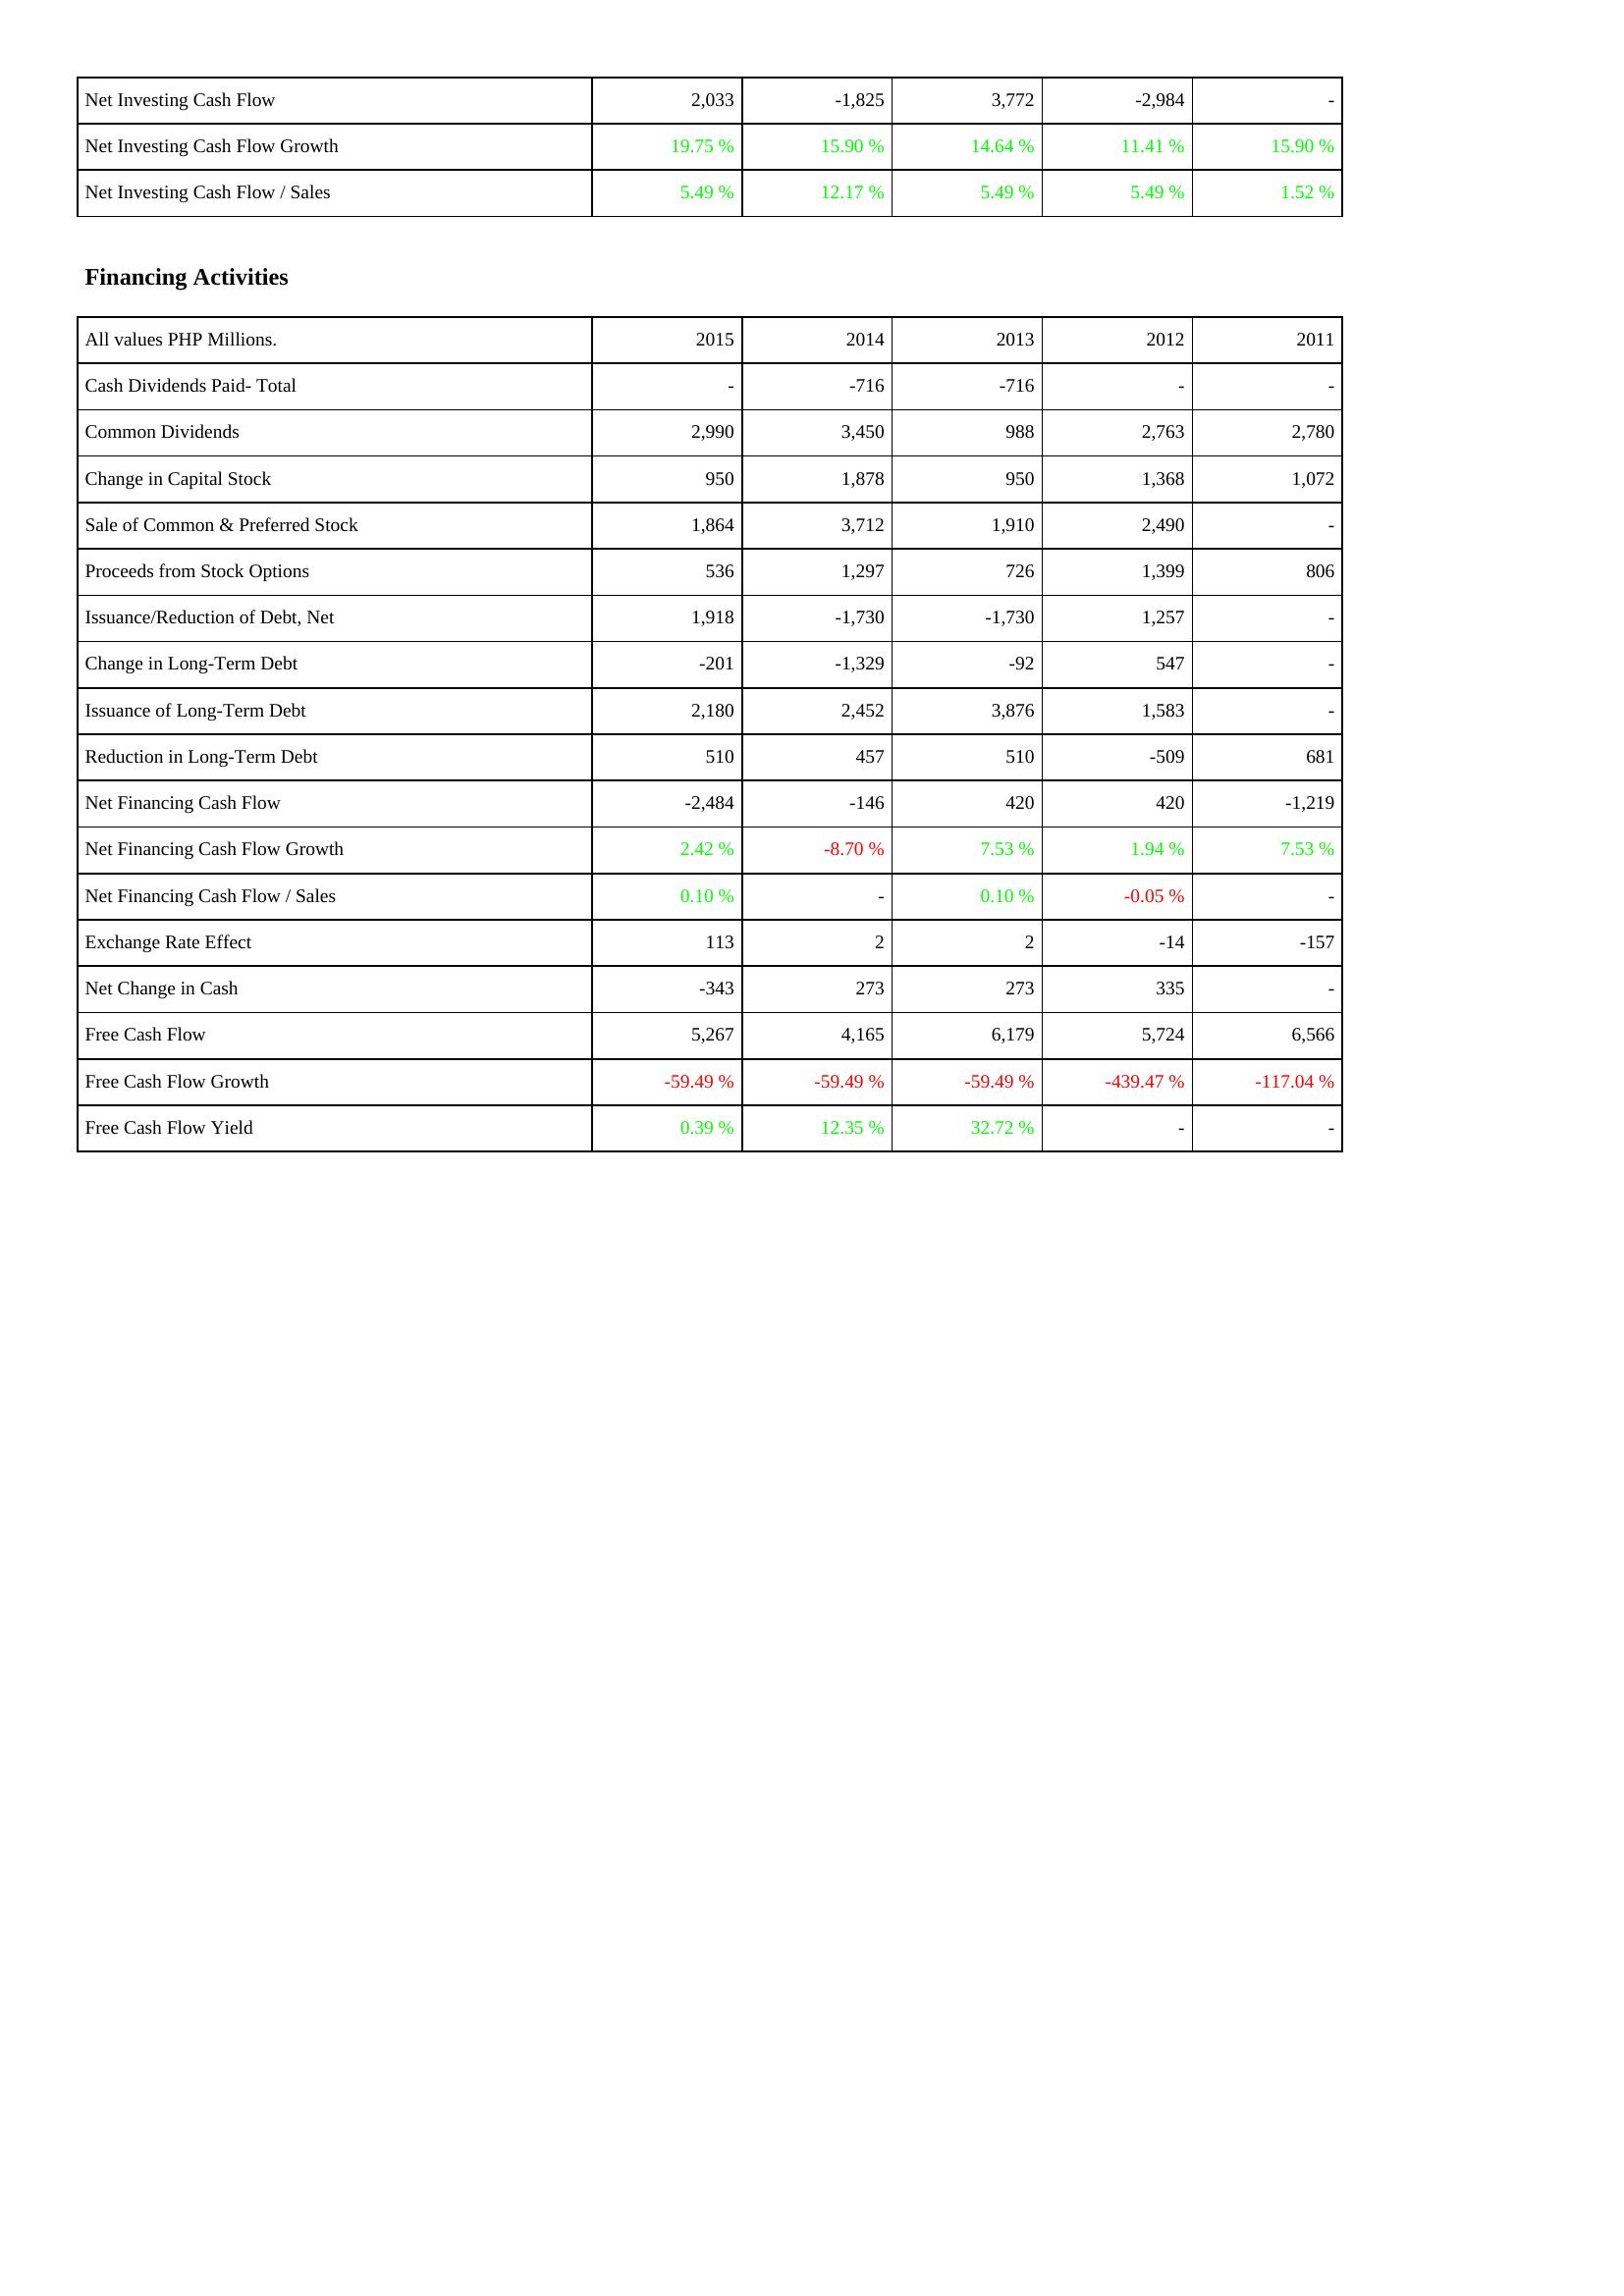
2015: Investing Activities: Net Investing Cash Flow: 2,033
Net Investing Cash Flow Growth: 19.75 %
Net Investing Cash Flow / Sales: 5.49 %
Financing Activities: Cash Dividends Paid- Total: -
Common Dividends: 2,990
Change in Capital Stock: 950
Sale of Common & Preferred Stock: 1,864
Proceeds from Stock Options: 536
Issuance/Reduction of Debt, Net: 1,918
Change in Long-Term Debt: -201
Issuance of Long-Term Debt: 2,180
Reduction in Long-Term Debt: 510
Net Financing Cash Flow: -2,484
Net Financing Cash Flow Growth: 2.42 %
Net Financing Cash Flow / Sales: 0.10 %
Exchange Rate Effect: 113
Net Change in Cash: -343
Free Cash Flow: 5,267
Free Cash Flow Growth: -59.49 %
Free Cash Flow Yield: 0.39 %
2014: Investing Activities: Net Investing Cash Flow: -1,825
Net Investing Cash Flow Growth: 15.90 %
Net Investing Cash Flow / Sales: 12.17 %
Financing Activities: Cash Dividends Paid- Total: -716
Common Dividends: 3,450
Change in Capital Stock: 1,878
Sale of Common & Preferred Stock: 3,712
Proceeds from Stock Options: 1,297
Issuance/Reduction of Debt, Net: -1,730
Change in Long-Term Debt: -1,329
Issuance of Long-Term Debt: 2,452
Reduction in Long-Term Debt: 457
Net Financing Cash Flow: -146
Net Financing Cash Flow Growth: -8.70 %
Net Financing Cash Flow / Sales: -
Exchange Rate Effect: 2
Net Change in Cash: 273
Free Cash Flow: 4,165
Free Cash Flow Growth: -59.49 %
Free Cash Flow Yield: 12.35 %
2013: Investing Activities: Net Investing Cash Flow: 3,772
Net Investing Cash Flow Growth: 14.64 %
Net Investing Cash Flow / Sales: 5.49 %
Financing Activities: Cash Dividends Paid- Total: -716
Common Dividends: 988
Change in Capital Stock: 950
Sale of Common & Preferred Stock: 1,910
Proceeds from Stock Options: 726
Issuance/Reduction of Debt, Net: -1,730
Change in Long-Term Debt: -92
Issuance of Long-Term Debt: 3,876
Reduction in Long-Term Debt: 510
Net Financing Cash Flow: 420
Net Financing Cash Flow Growth: 7.53 %
Net Financing Cash Flow / Sales: 0.10 %
Exchange Rate Effect: 2
Net Change in Cash: 273
Free Cash Flow: 6,179
Free Cash Flow Growth: -59.49 %
Free Cash Flow Yield: 32.72 %
2012: Investing Activities: Net Investing Cash Flow: -2,984
Net Investing Cash Flow Growth: 11.41 %
Net Investing Cash Flow / Sales: 5.49 %
Financing Activities: Cash Dividends Paid- Total: -
Common Dividends: 2,763
Change in Capital Stock: 1,368
Sale of Common & Preferred Stock: 2,490
Proceeds from Stock Options: 1,399
Issuance/Reduction of Debt, Net: 1,257
Change in Long-Term Debt: 547
Issuance of Long-Term Debt: 1,583
Reduction in Long-Term Debt: -509
Net Financing Cash Flow: 420
Net Financing Cash Flow Growth: 1.94 %
Net Financing Cash Flow / Sales: -0.05 %
Exchange Rate Effect: -14
Net Change in Cash: 335
Free Cash Flow: 5,724
Free Cash Flow Growth: -439.47 %
Free Cash Flow Yield: -
2011: Investing Activities: Net Investing Cash Flow: -
Net Investing Cash Flow Growth: 15.90 %
Net Investing Cash Flow / Sales: 1.52 %
Financing Activities: Cash Dividends Paid- Total: -
Common Dividends: 2,780
Change in Capital Stock: 1,072
Sale of Common & Preferred Stock: -
Proceeds from Stock Options: 806
Issuance/Reduction of Debt, Net: -
Change in Long-Term Debt: -
Issuance of Long-Term Debt: -
Reduction in Long-Term Debt: 681
Net Financing Cash Flow: -1,219
Net Financing Cash Flow Growth: 7.53 %
Net Financing Cash Flow / Sales: -
Exchange Rate Effect: -157
Net Change in Cash: -
Free Cash Flow: 6,566
Free Cash Flow Growth: -117.04 %
Free Cash Flow Yield: -